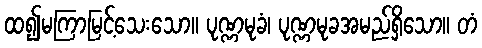
ထ၍မကြာမြင့်သေးသော။ ပုဏ္ဏမုခံ၊ ပုဏ္ဏမုခအမည်ရှိသော။ တံ